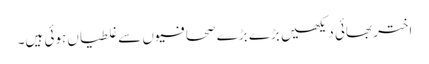
اختر بھائی دیکھیں بڑے بڑے صحافیوں سے غلطیاں ہوئی ہیں۔